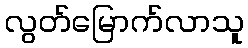
လွတ်မြောက်လာသူ